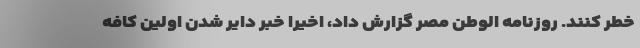
خطر کنند. روزنامه الوطن مصر گزارش داد، اخیراً خبر دایر شدن اولین کافه